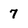
Character: 7